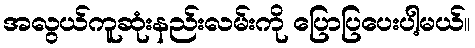
အလွယ်ကူဆုံးနည်းလမ်းကို ပြောပြပေးပါ့မယ်။